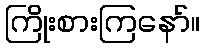
ကြိုးစားကြနော်။